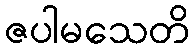
ဇပါမသေတိ